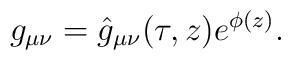
g_{\mu\nu} = \hat g _{\mu\nu}(\tau,z)e^{\phi(z)}.